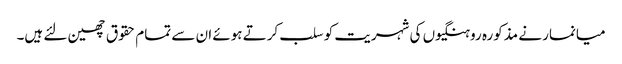
میانمار نے مذکورہ روہنگیوں کی شہریت کو سلب کرتے ہوئے ان سے تمام حقوق چھین لئے ہیں۔